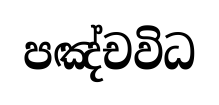
පඤ්චවිධ